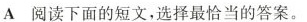
A 阅读下面的短文,选择最恰当的答案.